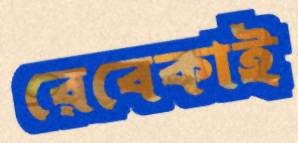
রেবেকাই